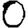
Digit: 0